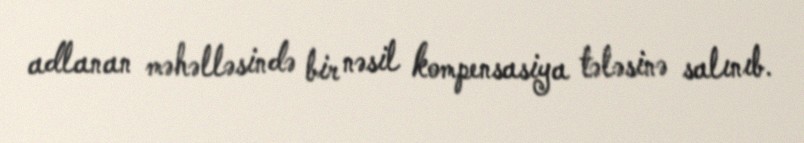
adlanan məhəlləsində bir nəsil kompensasiya tələsinə salınıb.